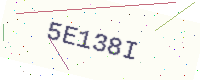
Text: 5E138I